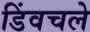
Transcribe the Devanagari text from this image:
डिंवचले